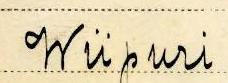
Wiipuri